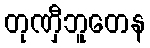
တုဏှီဘူတေန